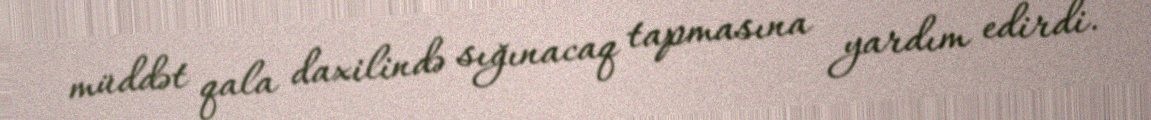
müddət qala daxilində sığınacaq tapmasına yardım edirdi.